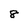
Character: 8